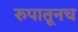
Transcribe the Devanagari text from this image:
रुपातूनच